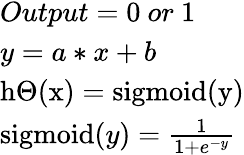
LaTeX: \begin{array}{l}{Output=0~or~1}\\ {y=a*x+b}\\ {\mathrm{h}\Theta(\mathrm{x})=\operatorname{sigmoid}(\mathrm{y})}\\ {\operatorname{sigmoid}(y)=\frac{1}{1+e^{-y}}}\end{array}